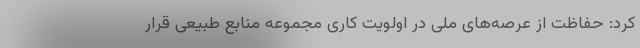
کرد: حفاظت از عرصه‌های ملی در اولویت کاری مجموعه منابع طبیعی قرار